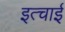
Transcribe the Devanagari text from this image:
इत्चाई